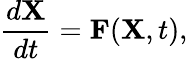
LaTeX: \frac{d\mathbf{X}}{dt}=\mathbf{F}(\mathbf{X},t),